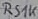
Text: RS1K